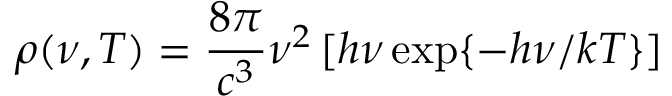
\rho ( \nu , T ) = \frac { 8 \pi } { c ^ { 3 } } \nu ^ { 2 } \, [ h \nu \exp \{ - h \nu / k T \} ]